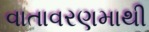
વાતાવરણમાથી